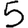
Digit: 5